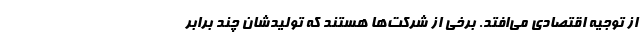
از توجیه اقتصادی می‌افتد. برخی از شرکت‌ها هستند که تولیدشان چند برابر